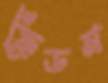
ফ্রিডম